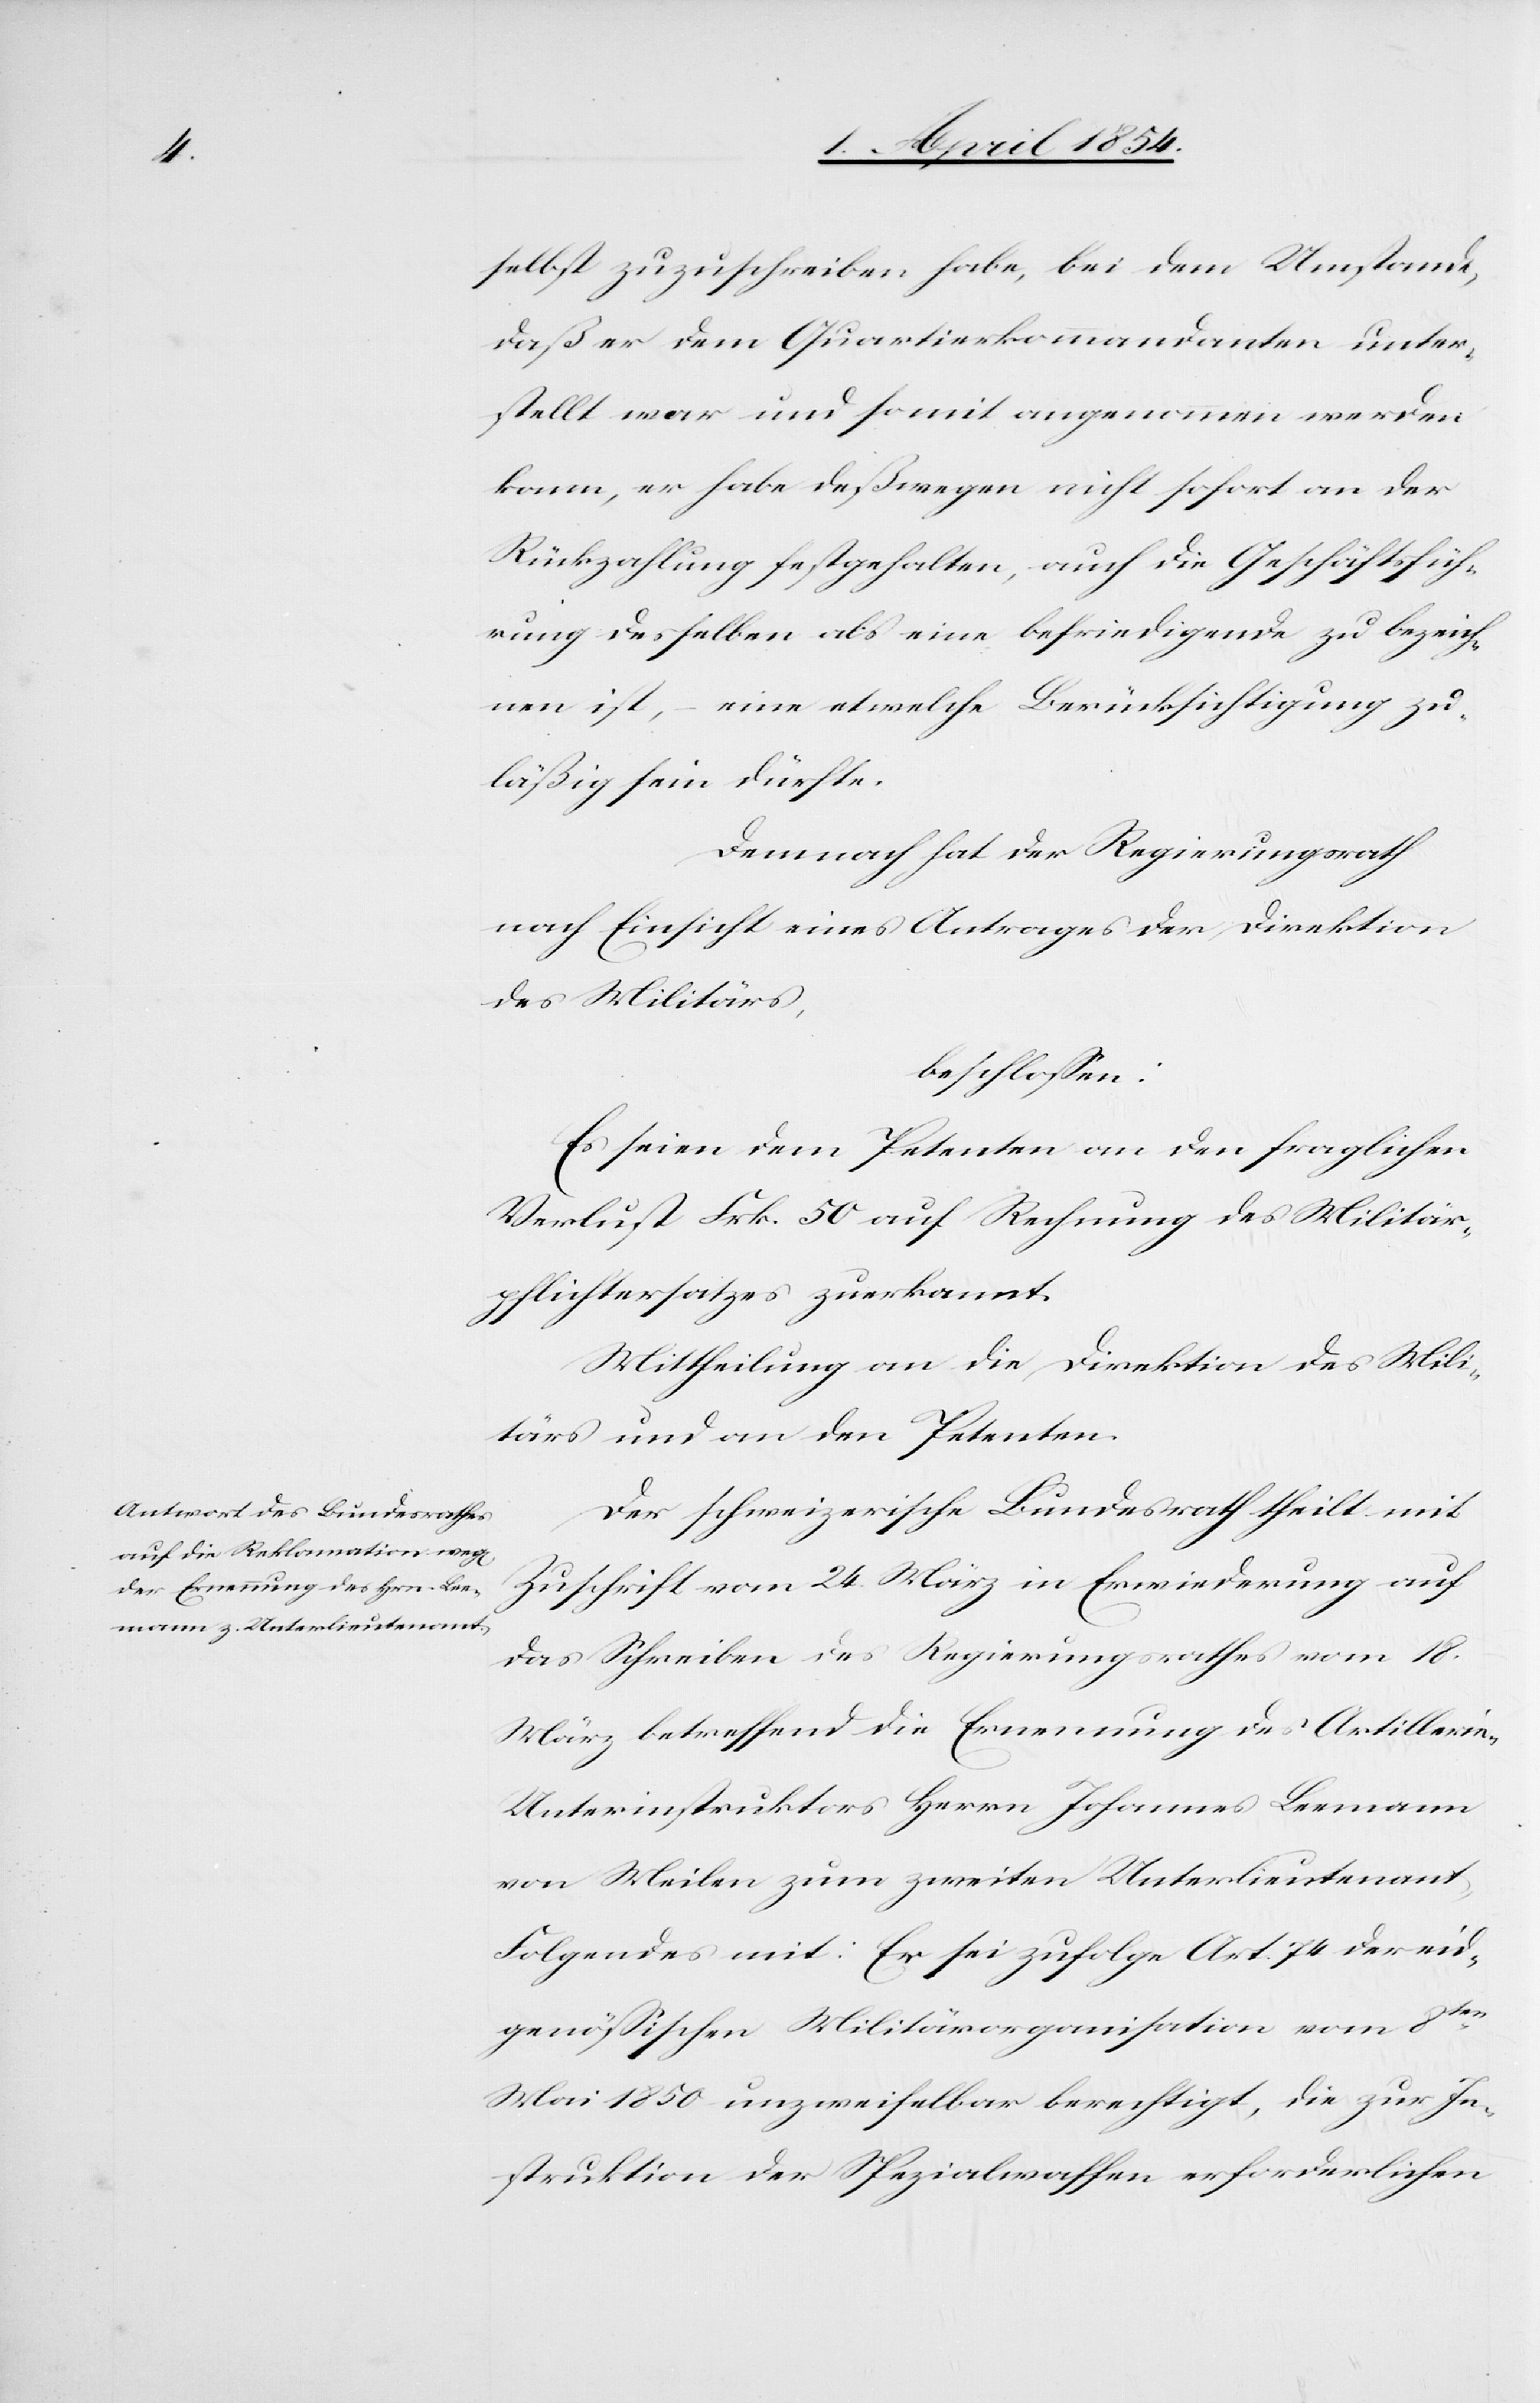
selbst zuzuschreiben habe, bei dem Umstande,
daß er dem Quartierkommandanten unter¬
stellt war und somit angenommen werden
kann, er habe deßwegen nicht sofort an der
Rückzahlung festgehalten, auch die Geschäftsfüh¬
rung desselben als eine befriedigende zu bezeich¬
nen ist, – eine etwelche Berücksichtigung zu¬
läßig sein dürfte.
Demnach hat der Regierungsrath
nach Einsicht eines Antrages der Direktion
des Militärs,
beschlossen:
Es seien dem Petenten an den fraglichen
Verlust Frk. 50 auf Rechnung des Militär¬
pflichtersatzes zuerkannt.
Mittheilung an die Direktion des Mili¬
tärs und an den Petenten.
Der schweizerische Bundesrath theilt mit
Zuschrift vom 24. März in Erwiederung auf
das Schreiben des Regierungsrathes vom 18.
März betreffend die Ernennung des Artilleri¬
e-Unterinstruktors Herrn Johannes Leemann
von Meilen zum zweiten Unterlieutenant,
Folgendes mit: Er sei zufolge Art. 74 der eid¬
genößischen Militärorganisation vom 8ten
Mai 1850 unzweifelbar berechtigt, die zur In¬
struktion der Spezialwaffen erforderlichen